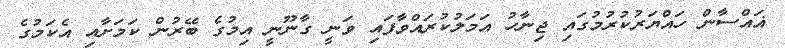
ޣައްސާން ހައްޔަރުކުރުމުގައި ޖިނާހު އަމަލުކުރައްވާފައި ވަނީ ގާނޫނީ އިމުގެ ބޭރުން ކަމަށާއި އެކަމުގެ